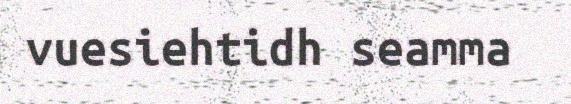
vuesiehtidh seamma